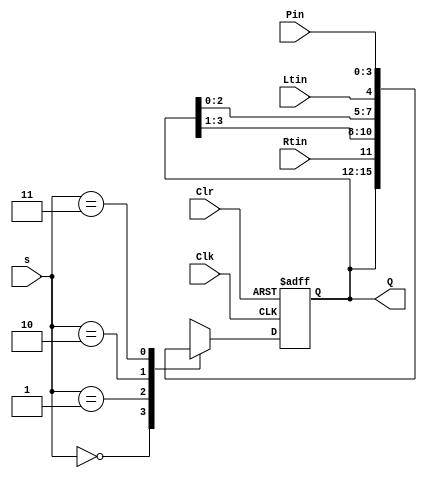
module univ_shift_reg_jin(
   output reg [3:0] Q, //output reg
   input [3:0] Pin, //parallel input
   input [1:0] s, // input select bit
   input Ltin, Rtin, Clk ,Clr // serial input, clock and reset
   );
   always@(posedge Clk, negedge Clr)
	  if(~Clr) Q<=4'b0000;
	  else
		 case(s)
			2'b00: Q<=Q; //no change
			2'b01: Q<={Rtin, Q[3:1]}; //shift right
			2'b10: Q<={Q[2:0], Ltin}; //shift left
			2'b11: Q<=Pin; //parallel load
		 endcase
   endmodule